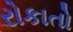
રોકાતો